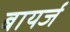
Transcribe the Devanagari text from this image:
बायर्ज